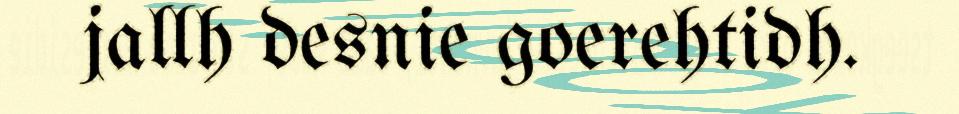
jallh desnie goerehtidh.